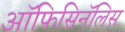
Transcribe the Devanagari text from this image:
ऑफिसिनॅलिस